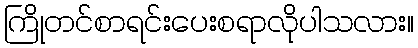
ကြိုတင်စာရင်းပေးစရာလိုပါသလား။